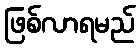
ဖြစ်လာရမည်